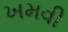
ખમવી